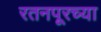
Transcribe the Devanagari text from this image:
रतनपूरच्या